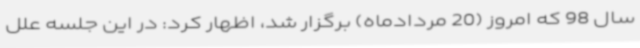
سال 98 که امروز (20 مردادماه) برگزار شد، اظهار کرد: در این جلسه علل